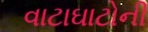
વાટાઘાટોની